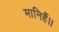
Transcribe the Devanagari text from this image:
मानिहैं।।